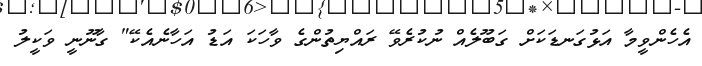
އެހެންވީމާ އަޅުގަނޑަކަށް ގަބޫލެއް ނުކުރެވޭ ރައްޔިތުންގެ ވާހަކަ އަޑު އަހާނެއެކޭ" ގާނޫނީ ވަކީލު